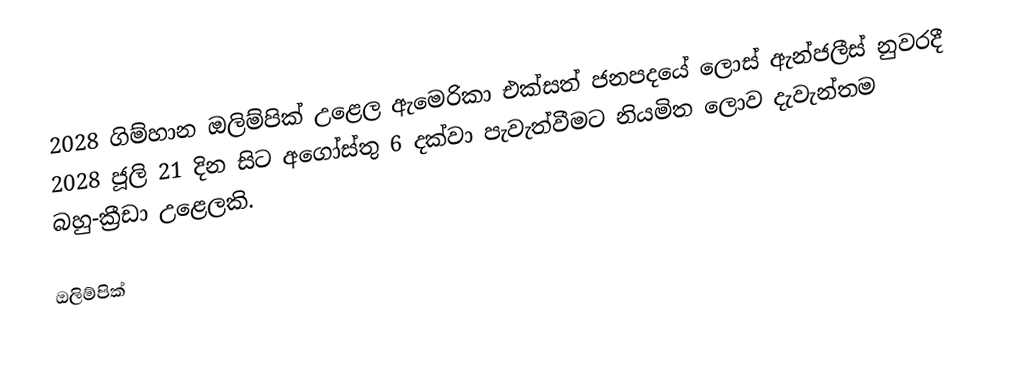
2028 ගිම්හාන ඔලිම්පික් උළෙල ඇමෙරිකා එක්සත් ජනපදයේ ලොස් ඇන්ජලීස් නුවරදී 2028 ජූලි 21 දින සිට අගෝස්තු 6 දක්වා පැවැත්වීමට නියමිත ලොව දැවැන්තම බහු-ක්‍රීඩා උළෙලකි.

ඔලිම්පික්